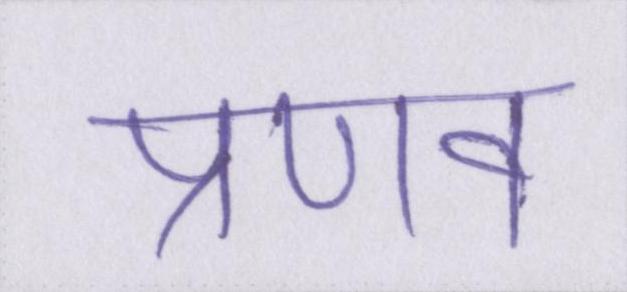
प्रणव